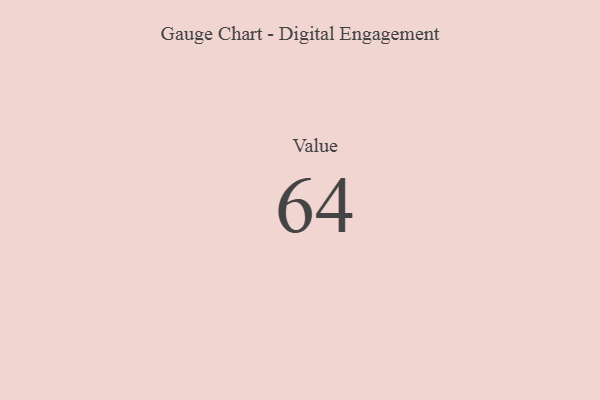
{"axis": {"x": "Metric", "y": "Value"}, "legend": [""], "data": [{"x": "Value", "y": 64, "type": ""}]}